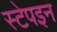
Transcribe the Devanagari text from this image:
स्टेपइन